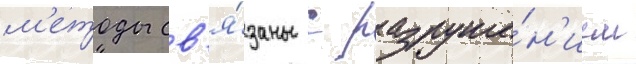
м'етоды св'я́заны с разруше́н'ием